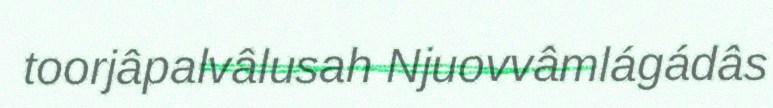
toorjâpalvâlusah Njuovvâmlágádâs